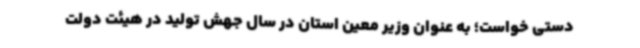
دستی خواست؛ به عنوان وزیر معین استان در سال جهش تولید در هیئت دولت